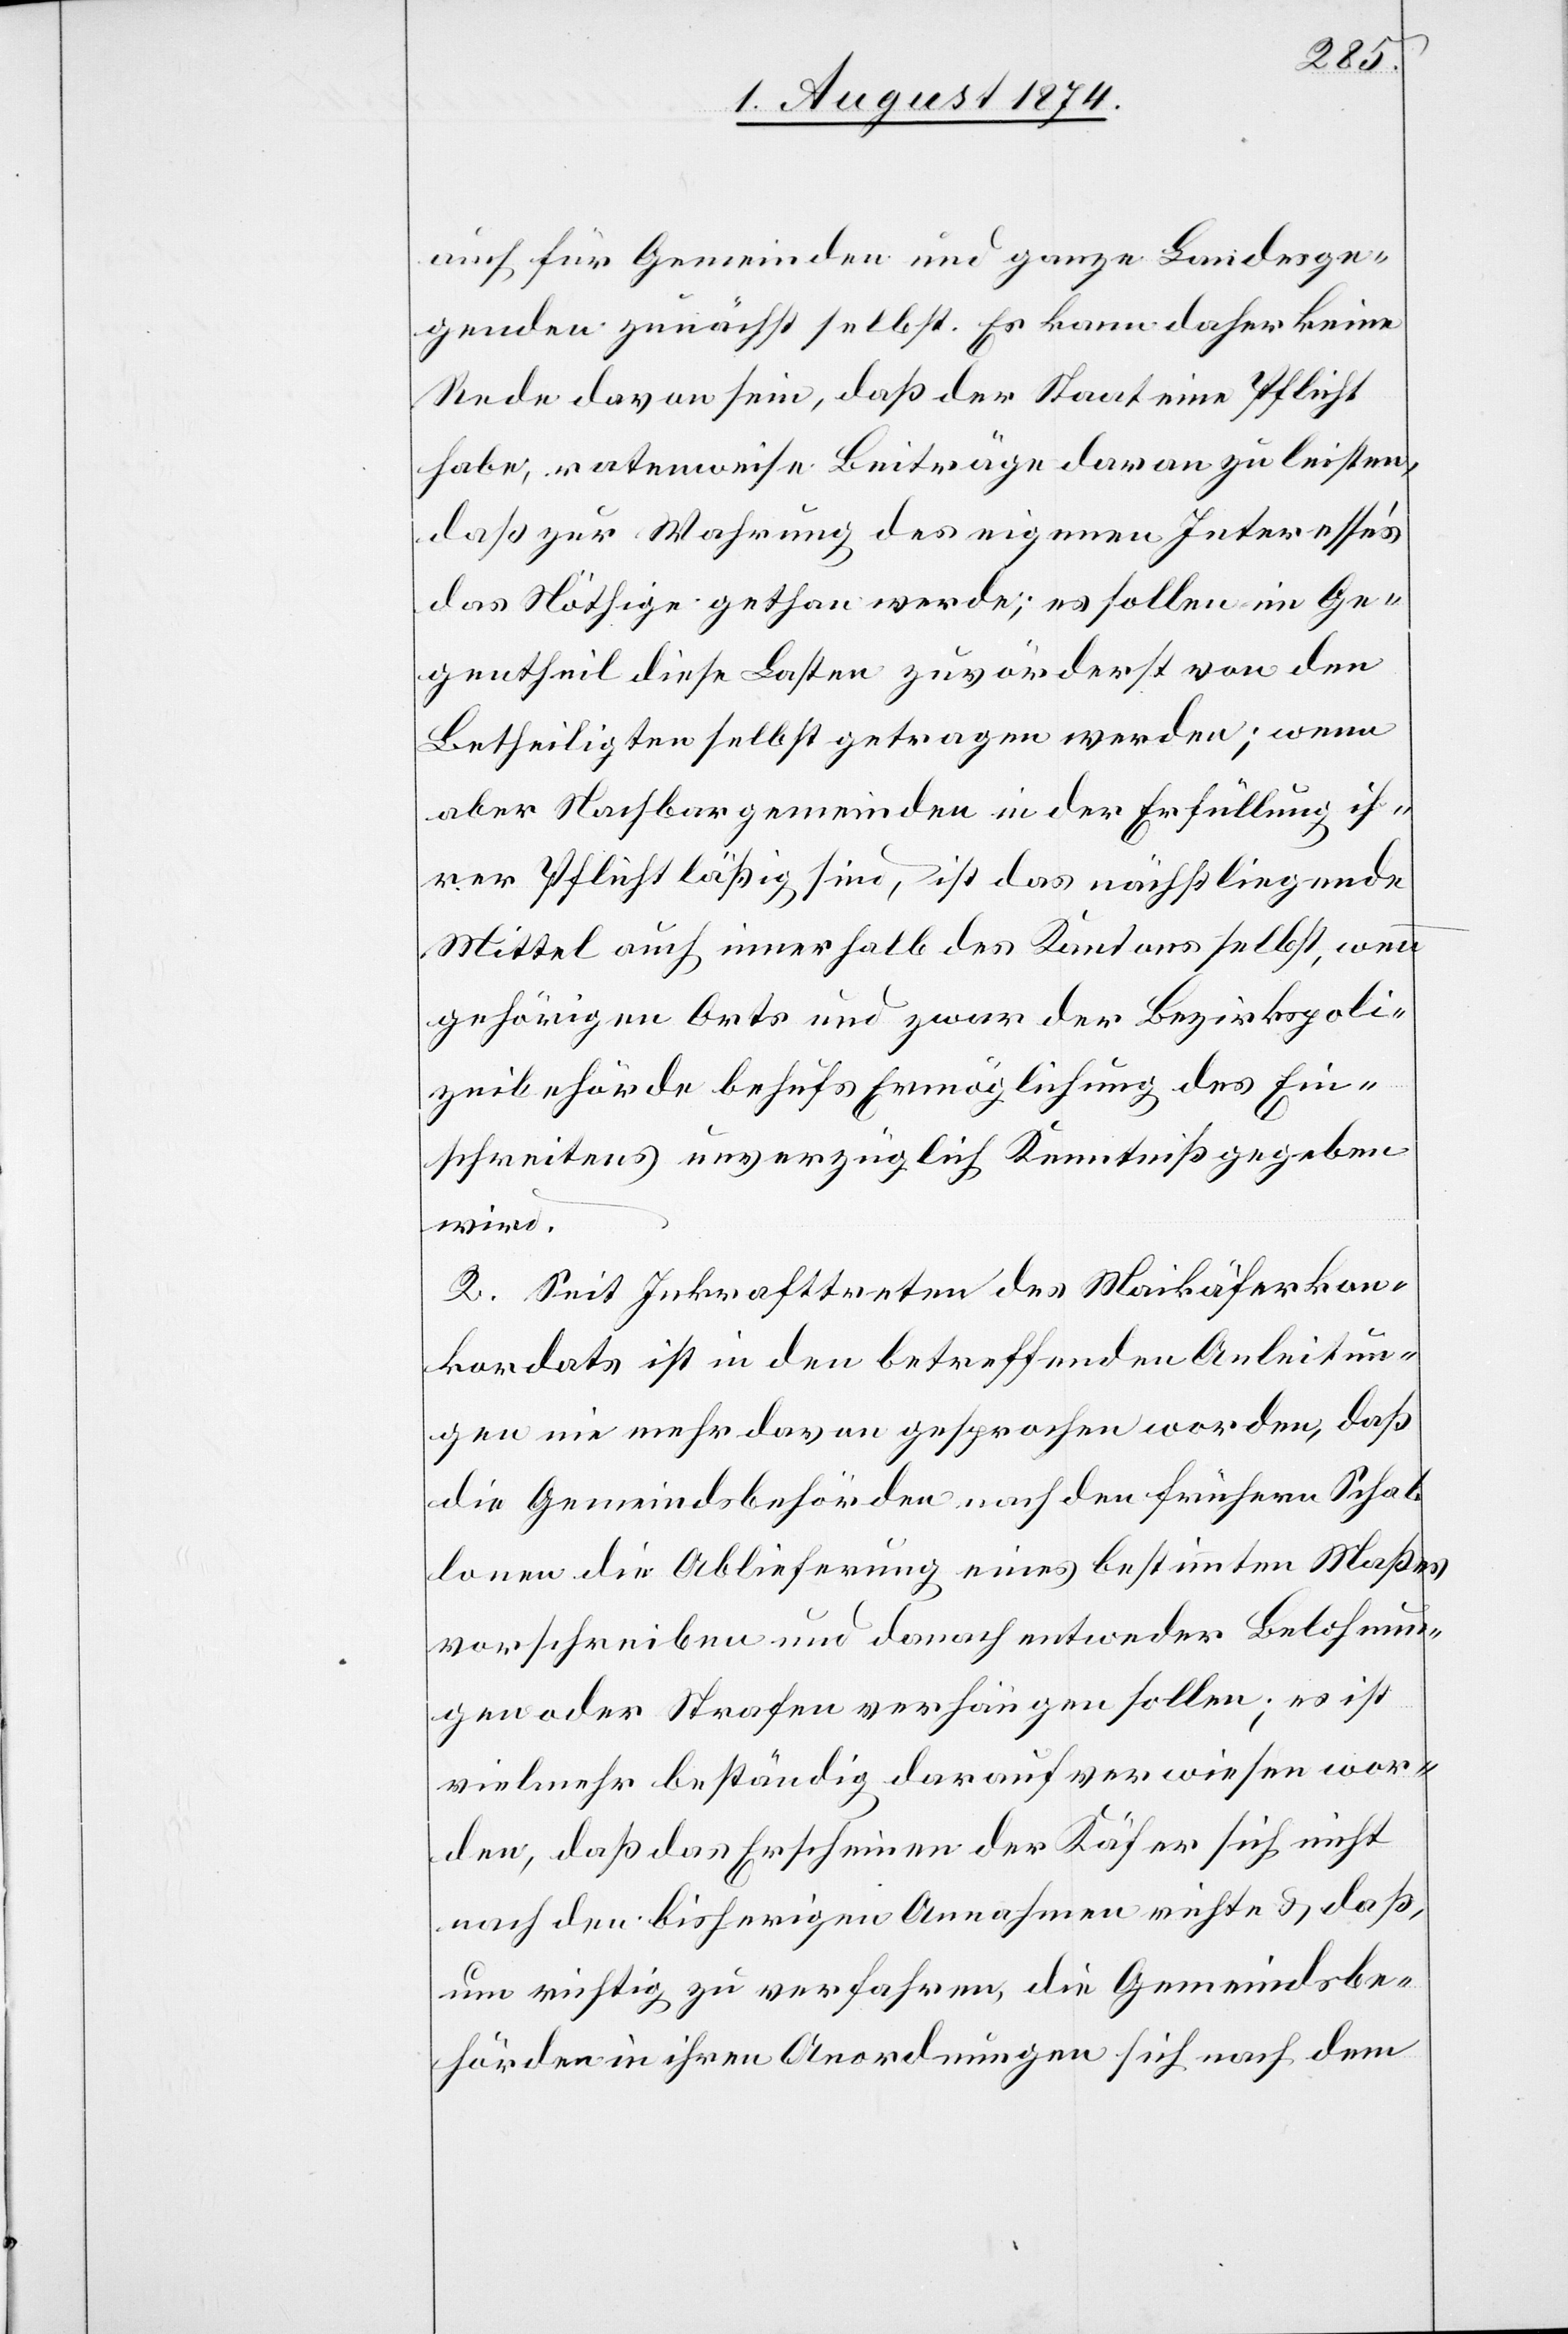
auch für Gemeinden und ganze Landesge¬
genden zunächst selbst. Es kann daher keine
Rede davon sein, daß der Staat eine Pflicht
habe, ratenweise Beiträge daran zu leisten,
daß zur Wahrung des eigenen Interesse’s
das Nöthige gethan werde; es sollen im Ge¬
gentheil diese Lasten zuvörderst von den
Betheiligten selbst getragen werden; wenn
aber Nachbargemeinden in der Erfüllung ih¬
rer Pflicht läßig sind, ist das nächstliegende
Mittel auch innerhalb des Kantons selbst, wenn
gehörigen Orts und zwar der Bezirkspoli¬
zeibehörde behufs Ermöglichung des Ein¬
schreitens unverzüglich Kenntniß gegeben
wird.
2. Seit Inkrafttreten des Maikäferkon¬
kordats ist in den betreffenden Anleitun¬
gen nie mehr davon gesprochen worden, das
die Gemeindsbehörden nach den frühern Schab¬
lonen die Ablieferung eines bestimmten Maßes
vorschreiben und danach entweder Belohnun¬
gen oder Strafen verhängen sollen; es ist
vielmehr beständig darauf verwiesen wor¬
den, daß das Erscheinen der Käfer sich nicht
nach den bisherigen Annahmen richte u. daß,
um richtig zu verfahren, die Gemeindsbe¬
hörden in ihren Anordnungen sich nach dem